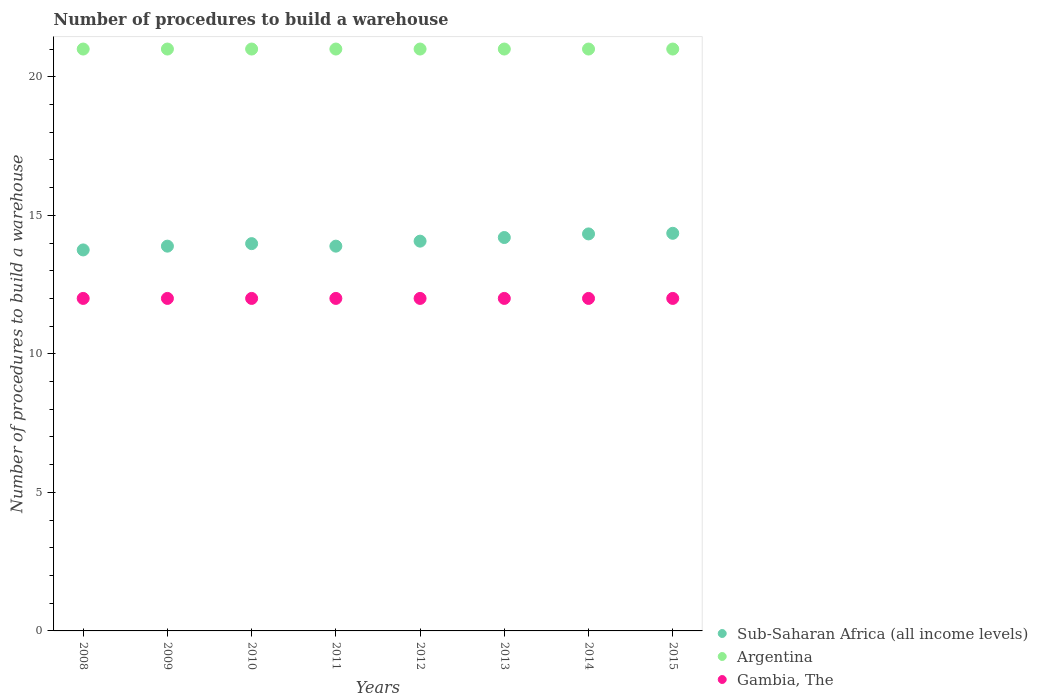
| Years | Sub-Saharan Africa (all income levels) | Argentina | Gambia, The |
 | --- | --- | --- | --- |
 | 2008 | 13.8 | 21 | 12 |
 | 2009 | 13.9 | 21 | 12 |
 | 2010 | 14 | 21 | 12 |
 | 2011 | 13.9 | 21 | 12 |
 | 2012 | 14.1 | 21 | 12 |
 | 2013 | 14.2 | 21 | 12 |
 | 2014 | 14.3 | 21 | 12 |
 | 2015 | 14.3 | 21 | 12 |